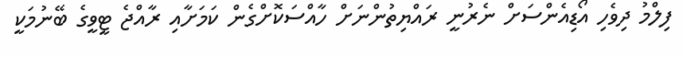
ފިލްމު ދިވެހި އޯޑިއެންސަށް ނެރުނީ ރައްޔިތުންނަށް ހާއްސަކޮށްގެން ކަމަށާއި ރާއްޖެ ޓީވީގެ ބޭނުމަކީ